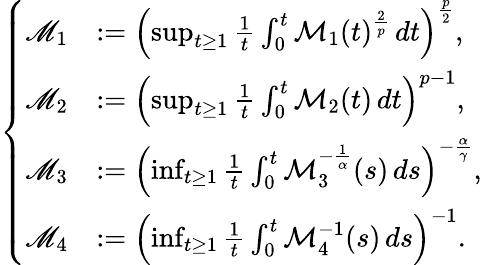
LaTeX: \left\{ \begin{array}{rl}{\mathscr{M}_{1}}&{:=\left(\operatorname*{sup}_{t\geq 1}\frac{1}{t}\int_{0}^{t}\mathcal{M}_{1}(t)^{\frac 2p}\, dt\right)^{\frac p2},}\\ {\mathscr{M}_{2}}&{:=\left(\operatorname*{sup}_{t\geq 1}\frac{1}{t}\int_{0}^{t}\mathcal{M}_{2}(t)\, dt\right)^{p-1},}\\ {\mathscr{M}_{3}}&{:=\left(\operatorname*{inf}_{t\geq 1}\frac{1}{t}\int_{0}^{t}\mathcal{M}_{3}^{-\frac{1}{\alpha}}(s)\, ds\right)^{-\frac{\alpha}{\gamma}},}\\ {\mathscr{M}_{4}}&{:=\left(\operatorname*{inf}_{t\geq 1}\frac{1}{t}\int_{0}^{t}\mathcal{M}_{4}^{-1}(s)\, ds\right)^{-1}.}\end{array}\right.